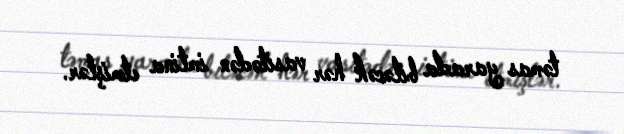
təmas yarada biləcək hər vasitədən imtina etmişlər.